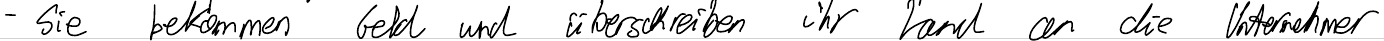
- Sie bekommen Geld und überschreiben ihr Land an die Unternehmer